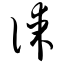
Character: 谋